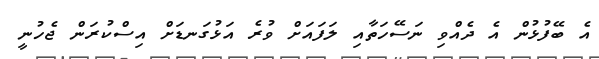
އެ ބޭފުޅުން އެ ދެއްވި ނަސޭހަތާއި ލަފައަށް ވުރެ އަޅުގަނޑަށް އިސްކުރަން ޖެހުނީ